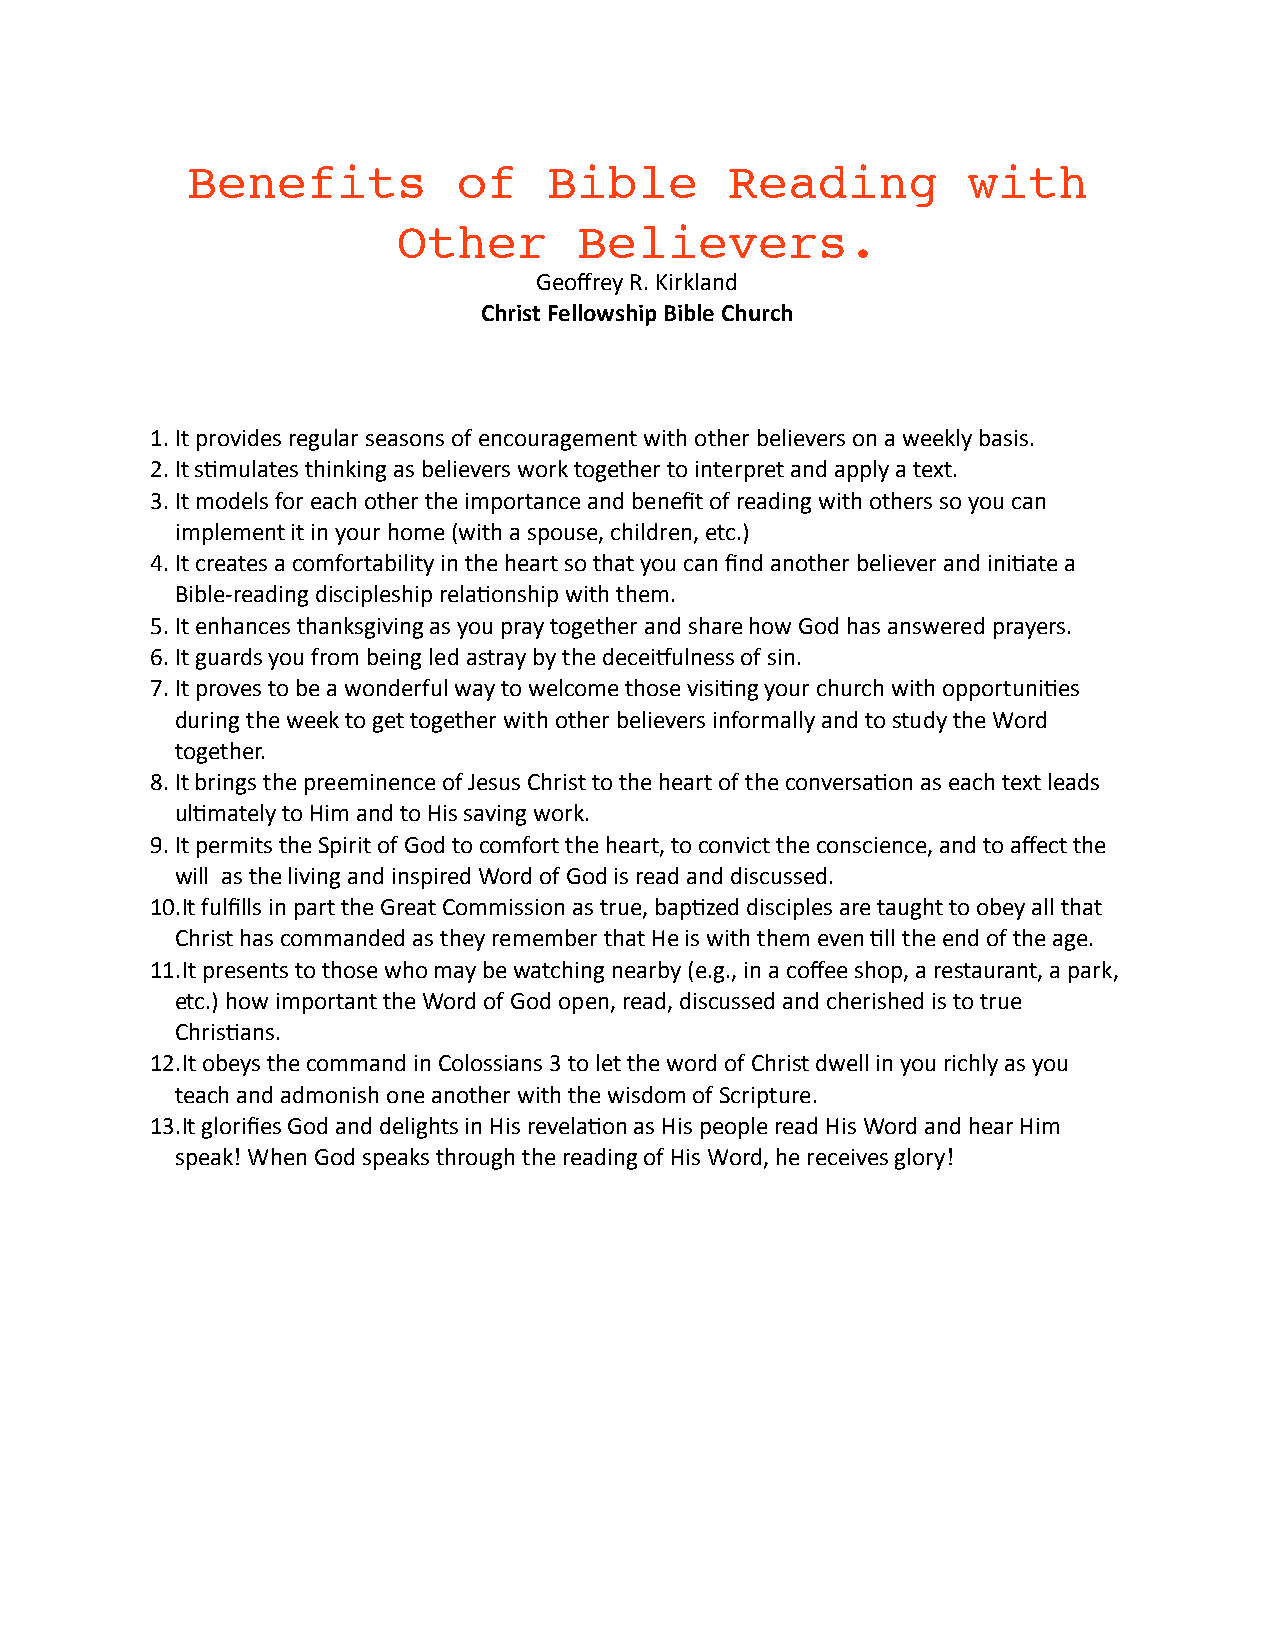
Benefits          of    Bible       Reading         with
 Other       Believers.
 Geoffrey R. Kirkland
 Christ Fellowship Bible Church
 1.It provides regular seasons of encouragement with other believers on a weekly basis.
 2.It s@mulates thinking as believers work together to interpret and apply a text.
 3.It models for each other the importance and benefit of reading with others so you can
 implement it in your home (with a spouse, children, etc.)
 4.It creates a comfortability in the heart so that you can find another believer and ini@ate a
 Bible-­‐reading discipleship rela@onship with them.
 5.It enhances thanksgiving as you pray together and share how God has answered prayers.
 6.It guards you from being led astray by the deceiLulness of sin.
 7.It proves to be a wonderful way to welcome those visi@ng your church with opportuni@es
 during the week to get together with other believers informally and to study the Word
 together.
 8.It brings the preeminence of Jesus Christ to the heart of the conversa@on as each text leads
 ul@mately to Him and to His saving work.
 9.It permits the Spirit of God to comfort the heart, to convict the conscience, and to affect the
 will as the living and inspired Word of God is read and discussed.
 10.It fulfills in part the Great Commission as true, bap@zed disciples are taught to obey all that
 Christ has commanded as they remember that He is with them even @ll the end of the age.
 11.It presents to those who may be watching nearby (e.g., in a coffee shop, a restaurant, a park,
 etc.) how important the Word of God open, read, discussed and cherished is to true
 Chris@ans.
 12.It obeys the command in Colossians 3 to let the word of Christ dwell in you richly as you
 teach and admonish one another with the wisdom of Scripture.
 13.It glorifies God and delights in His revela@on as His people read His Word and hear Him
 speak! When God speaks through the reading of His Word, he receives glory!